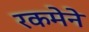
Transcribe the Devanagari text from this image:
रकमेने